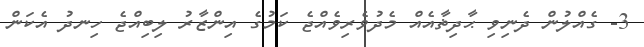
3- ގެއްލުން ދެނިވި ޙާދިޡާއެއް މެދުވެރިވެއްޖެ ކަމުގެ އިންޒާރު ލިބިއްޖެ ހިނދު އެކަން